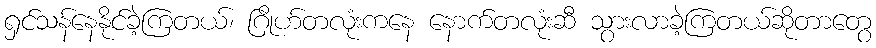
ရှင်သန်နေနိုင်ခဲ့ကြတယ်၊ ဂြိုဟ်တလုံးကနေ နောက်တလုံးဆီ သွားလာခဲ့ကြတယ်ဆိုတာတွေ